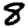
Digit: 8